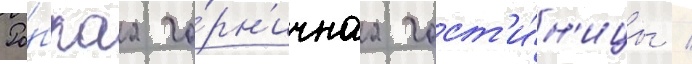
Ро́бкаа го́рн'ичнаа гост'и́н'ицы /